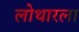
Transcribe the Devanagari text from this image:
लोथारला